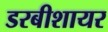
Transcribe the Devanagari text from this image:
डरबीशायर